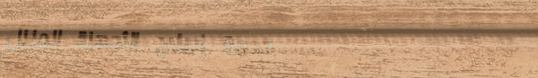
خدمة إصلاح الأجهزة المنزل